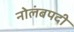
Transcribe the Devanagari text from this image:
नोलंबपदी